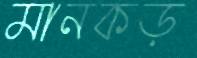
মানকড়